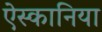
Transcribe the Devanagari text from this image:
ऐस्कानिया